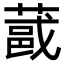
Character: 𫉏